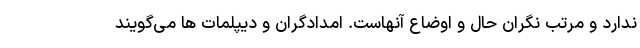
ندارد و مرتب نگران حال و اوضاع آنهاست. امدادگران و دیپلمات ها می‌گویند